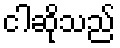
ငါဆိုသည်